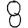
Digit: 8